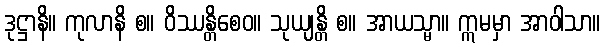
ဒုဋ္ဌာနိ။ ကုလာနိ စ။ ဝိဿန္တိစေဝ။ သုယျန္တိ စ။ အာယသ္မာ။ ဣမမှာ အာဝါသာ။